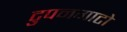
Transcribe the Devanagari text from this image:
टुपनगाटो